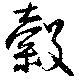
穀